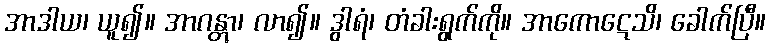
အာဒါယ၊ ယူ၍။ အာဂန္တွာ၊ လာ၍။ ဒွါရံ၊ တံခါးရွက်ကို။ အာကောဋေသိ၊ ခေါက်ပြီ။